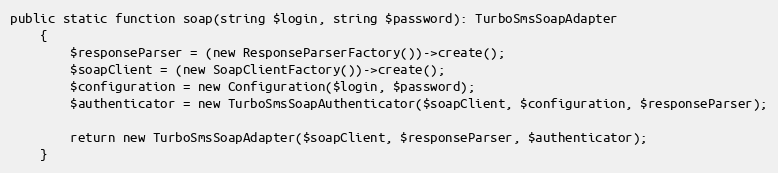
Language: PHP
public static function soap(string $login, string $password): TurboSmsSoapAdapter
    {
        $responseParser = (new ResponseParserFactory())->create();
        $soapClient = (new SoapClientFactory())->create();
        $configuration = new Configuration($login, $password);
        $authenticator = new TurboSmsSoapAuthenticator($soapClient, $configuration, $responseParser);

        return new TurboSmsSoapAdapter($soapClient, $responseParser, $authenticator);
    }